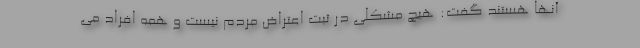
آنها هستند گفت: هیچ مشکلی در ثبت اعتراض مردم نیست و همه افراد می‌